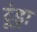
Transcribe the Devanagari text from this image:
टूंड्रा